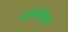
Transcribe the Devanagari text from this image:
स्टीगोमिया